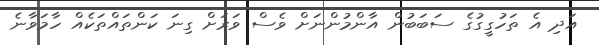
އަދި އެ ތަހުގީގުގެ ސަބަބުން އާންމުންނަށް ވެސް ވަރަށް ގިނަ ކަންތައްތަކެއް ހާމަވާނެ